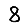
Digit: 8